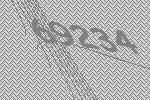
69234